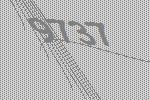
9737